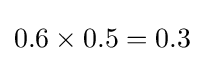
0.6\times 0.5=0.3